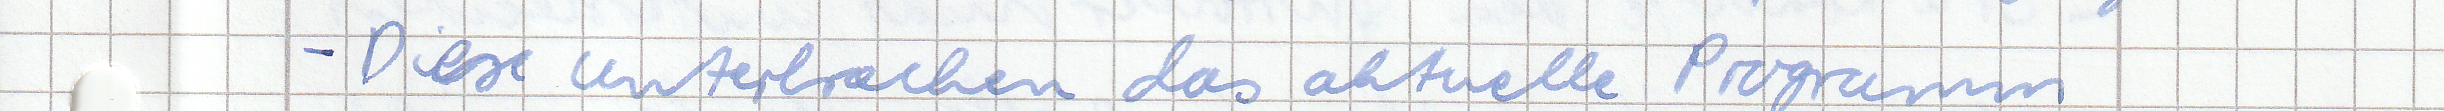
- Diese unterbrechen das aktuelle Programm